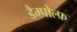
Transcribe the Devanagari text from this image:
डैम्पोल्फ